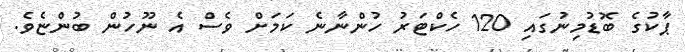
ޕާކުގެ ބޮޑުމިނުގައި 120 ހެކްޓަރު ހުންނާނެ ކަމަށް ވެސް އެ ނޫހުން ބުންޏެވެ.